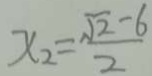
x _ { 2 } = \frac { \sqrt { 2 } - 6 } { 2 }